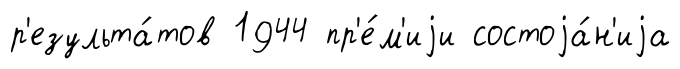
р'езульта́тов 1944 пр'е́м'иjи состоjа́н'иjа